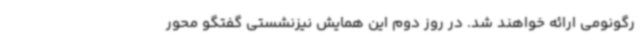
رگونومی ارائه خواهند شد. در روز دوم این همایش نیزنشستی گفتگو محور